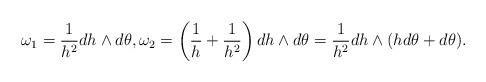
LaTeX: \begin{align*}\omega_1 = \frac{1}{h^2} dh\wedge d\theta, \omega_2 = \left(\frac{1}{h} + \frac{1}{h^2}\right)dh\wedge d\theta = \frac{1}{h^2}dh\wedge(h d\theta + d\theta).\end{align*}